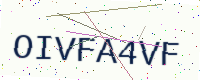
Text: OIVFA4VF